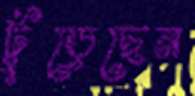
ঢুঁড়েছেন